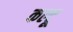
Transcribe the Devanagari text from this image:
कल्टू